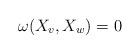
LaTeX: \begin{align*}\omega(X_v,X_w)=0\end{align*}